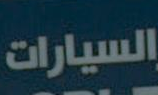
السيارات